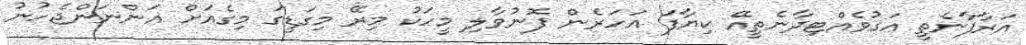
އަރާފާނެތީ އަގުވެއްޓިދާނެތީއޭ ކިޔާފަ އަހަރެން ފޮނުވާލި މީހަކު މިރޭ މިގަޑީގަ މިގެއަށް އަންނަންޖެހުނު